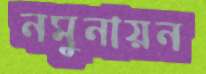
নমুনায়ন